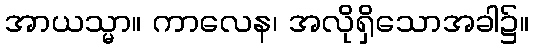
အာယသ္မာ။ ကာလေန၊ အလိုရှိသောအခါ၌။